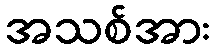
အသစ်အား